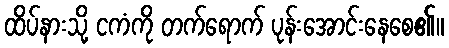
ထိပ်နားသို့ ငကံကို တက်ရောက် ပုန်းအောင်းနေစေ၏။